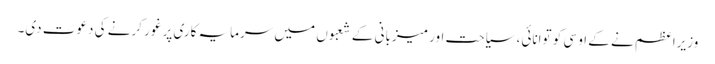
وزیراعظم نے کے او سی کو توانائی، سیاحت اور میزبانی کے شعبوں میں سرمایہ کاری پر غور کرنے کی دعوت دی۔